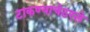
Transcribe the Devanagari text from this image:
टाकण्याचेठरले